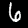
Label: 6